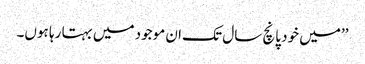
’’میں خود پانچ سال تک ان موجود میں بہتا رہا ہوں۔